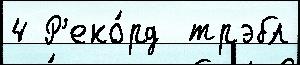
4 Р'еко́рд  трэбл